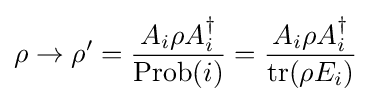
\rho \to \rho '={\frac {A_{i}\rho A_{i}^{\dagger }}{\mathrm {Prob} (i)}}={\frac {A_{i}\rho A_{i}^{\dagger }}{\operatorname {tr} (\rho E_{i})}}